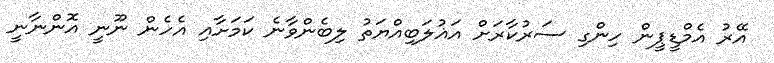
އޭރު އެމްޑީޕީން ހިންގި ސަރުކާރަށް އަޣުލަބިއްޔަތު ލިބެންވާނެ ކަމަށާއި އެހެން ނޫނީ އޮންނާނީ